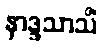
နာဒ္ဒသာသိံ